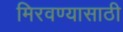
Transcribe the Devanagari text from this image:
मिरवण्यासाठी